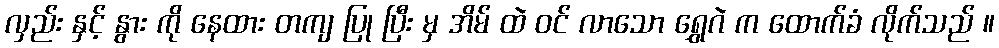
လှည်း နှင့် နွား ကို နေထား တကျ ပြု ပြီး မှ အိမ် ထဲ ဝင် လာသော ရွှေဂဲ က ထောက်ခံ လိုက်သည် ။